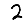
Digit: 2